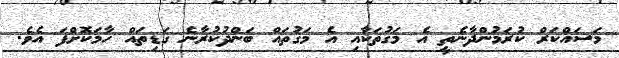
މަސައްކަރް ކުރަމުންދާނެތީ އެ މަގުތަކާއި އެ މަގުތައް ބަންދުކުރާނެ ގަޑިތައް ހާމަކޮށްފަ އެވެ.